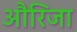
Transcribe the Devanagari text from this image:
औरिजा